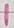
Text: 1